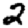
Digit: 2